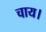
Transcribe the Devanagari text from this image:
चाय।